Lunatic asylums Burma 1907-21 - 1907-1921
Year: 1907
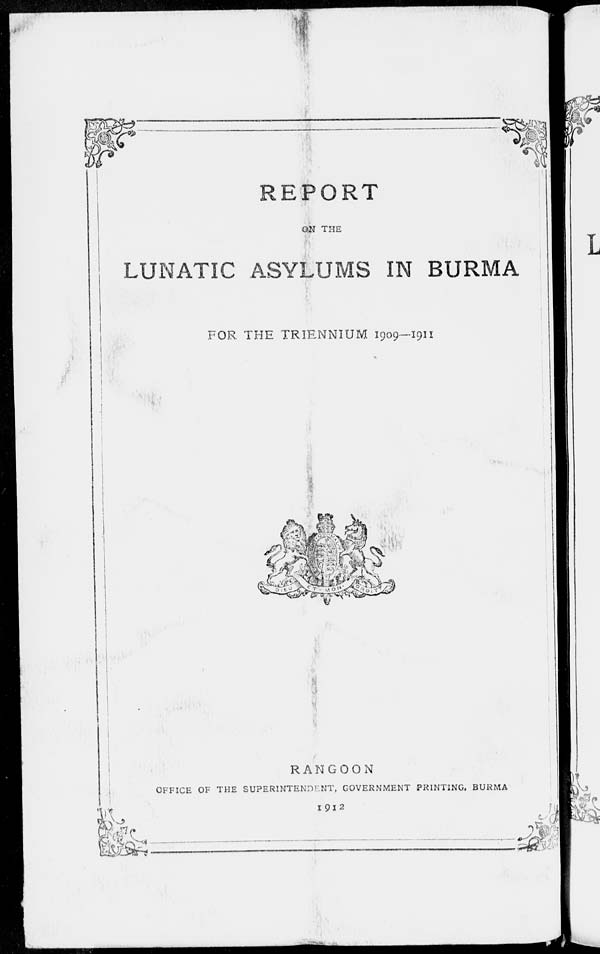
REPORT
ON THE
LUNATIC ASYLUMS IN BURMA
FOR THE TRIENNIUM 1909—1911
RANGOON
OFFICE OF THE SUPERINTENDENT, GOVERNMENT PRINTING, BURMA
1912